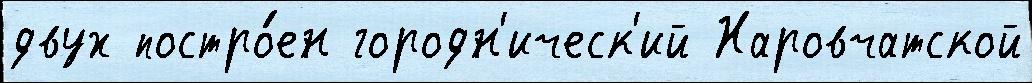
двух постро́ен городн'ическ'ий Наровчатской